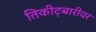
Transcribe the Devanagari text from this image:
तिकीट्बारीवर